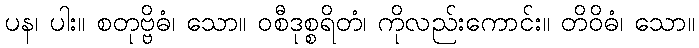
ပန၊ ပါး။ စတုဗ္ဗိဓံ၊ သော။ ဝစီဒုစ္စရိတံ၊ ကိုလည်းကောင်း။ တိဝိဓံ၊ သော။